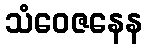
သံဝေဇနေန